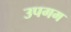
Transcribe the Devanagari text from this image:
उपगम